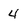
Character: 4